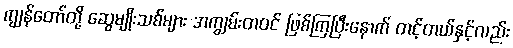
ကျွန်တော်တို့ ဆွေမျိုးသစ်များ အကျွမ်းတဝင် ဖြစ်ကြပြီးနောက် တင့်တယ်နှင့်လည်း